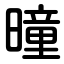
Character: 曈